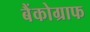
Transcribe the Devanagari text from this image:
बैंकोग्राफ